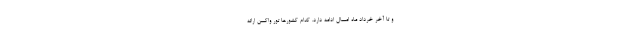
و تا آخر خرداد ماه امسال ادامه دارد. کدام کشورها تور واکسن ارائه